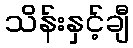
သိန်းနှင့်ချီ